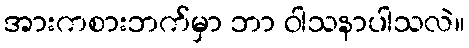
အားကစားဘက်မှာ ဘာ ဝါသနာပါသလဲ။